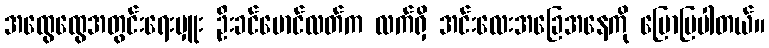
အထွေထွေအတွင်းရေးမှူး ဦးခင်မောင်လတ်က လက်ရှိ အင်းလေးအခြေအနေကို ပြောပြပါတယ်။